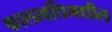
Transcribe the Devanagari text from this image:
कालावधिमधील